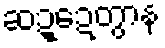
ဆဍ္ဍေတွာန